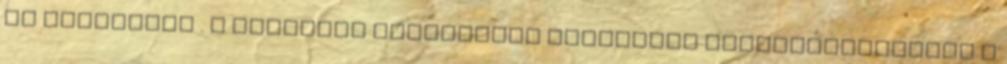
az éjszakába . A Fővárosi Választási Bizottság visszautasította a